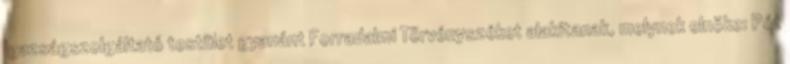
Igazságszolgáltató testület gyanánt Forradalmi Törvényszéket alakítanak, melynek elnöke: Pót